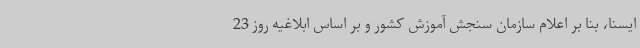
ایسنا، بنا بر اعلام سازمان سنجش آموزش کشور و بر اساس ابلاغیه روز 23